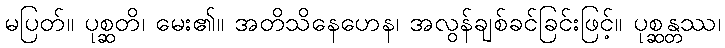
မပြတ်။ ပုစ္ဆတိ၊ မေး၏။ အတိသိနေဟေန၊ အလွန်ချစ်ခင်ခြင်းဖြင့်။ ပုစ္ဆန္တဿ၊